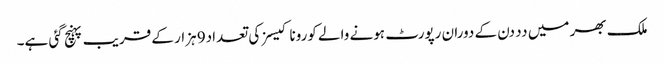
ملک بھر میں دد دن کے دوران رپورٹ ہونے والے کورونا کیسز کی تعداد9 ہزار کے قریب پہنچ گئی ہے۔